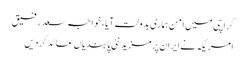
کراچی میں امن ہماری بدولت آیا، خواجہ سعد رفیق
امریکہ نے ایران پرمزید نئی پابندیاں عائد کردیں